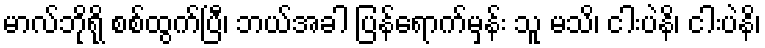
မာလ်ဘိုရို စစ်ထွက်ပြီ၊ ဘယ်အခါ ပြန်ရောက်မှန်း သူ မသိ၊ ငါးပဲနိ၊ ငါးပဲနိ၊